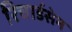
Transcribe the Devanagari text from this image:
रिचार्डसेन